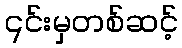
၎င်းမှတစ်ဆင့်